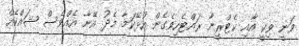
ވަނީ ވިކީ އާއި ކެޓްރީނާ ރައްޓެހިވެގެން އުޅޭކަމާ މެދު އޭނާ އެއްވެސް ޝައްކެއް